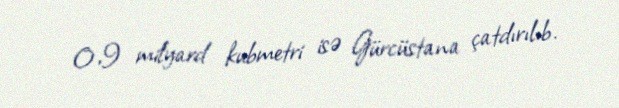
0,9 milyard kubmetri isə Gürcüstana çatdırılıb.